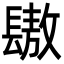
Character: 䦋